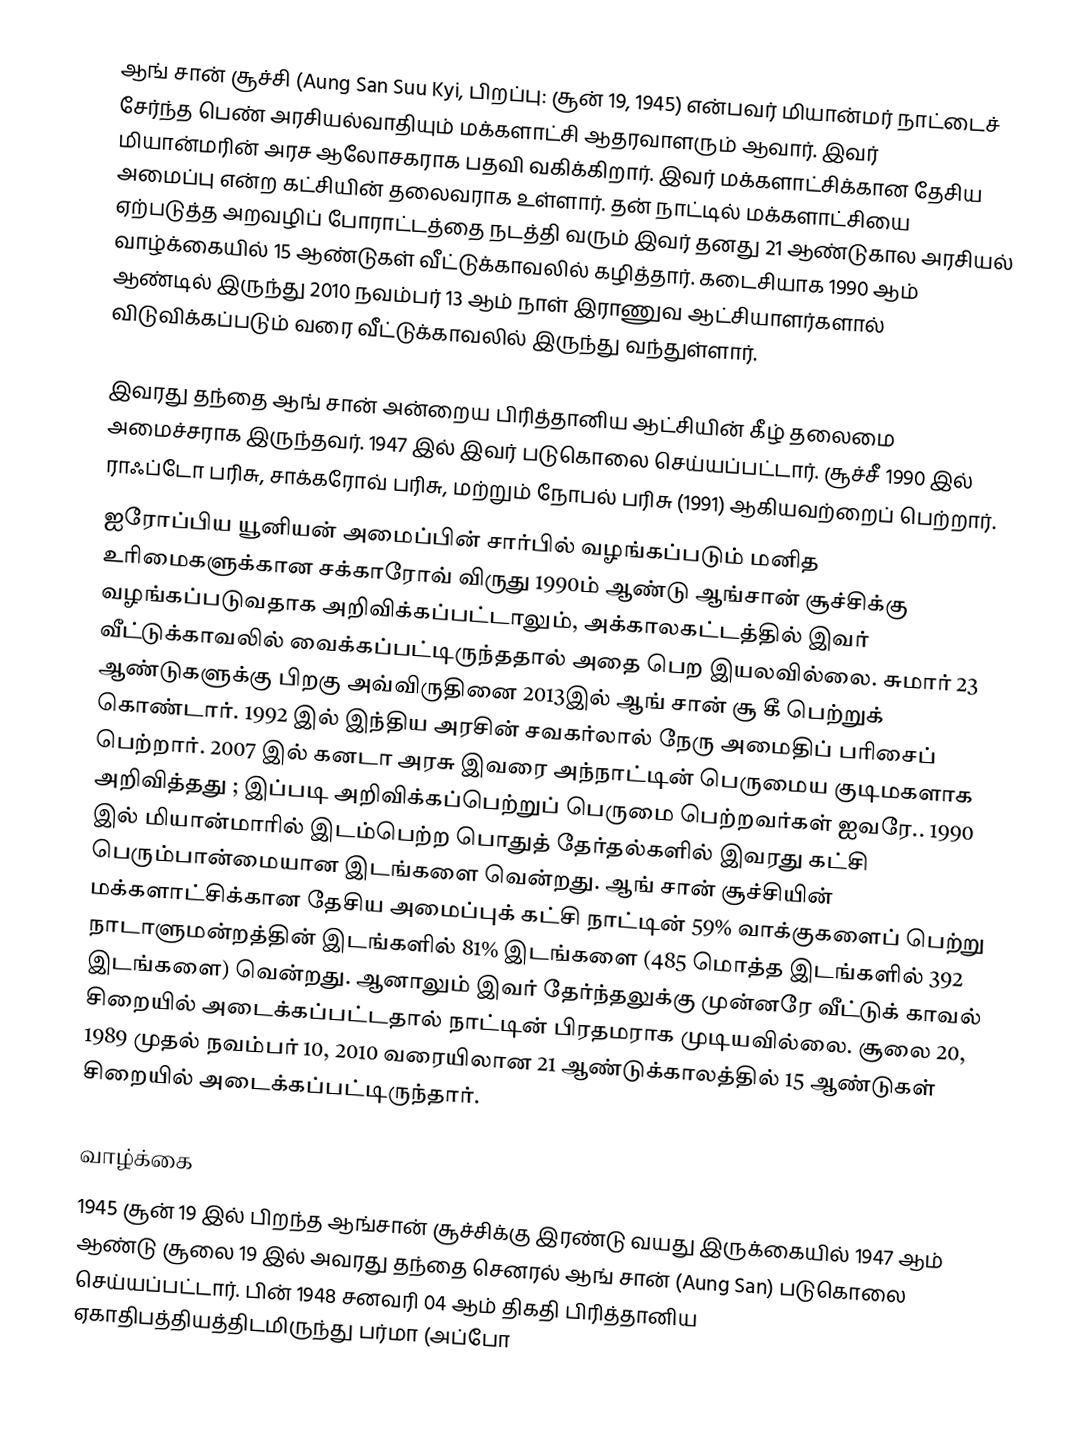
ஆங் சான் சூச்சி (Aung San Suu Kyi, பிறப்பு: சூன் 19, 1945) என்பவர் மியான்மர் நாட்டைச் சேர்ந்த பெண் அரசியல்வாதியும் மக்களாட்சி ஆதரவாளரும் ஆவார். இவர் மியான்மரின் அரச ஆலோசகராக பதவி வகிக்கிறார். இவர் மக்களாட்சிக்கான தேசிய அமைப்பு என்ற கட்சியின் தலைவராக உள்ளார். தன் நாட்டில் மக்களாட்சியை ஏற்படுத்த அறவழிப் போராட்டத்தை நடத்தி வரும் இவர் தனது 21 ஆண்டுகால அரசியல் வாழ்க்கையில் 15 ஆண்டுகள் வீட்டுக்காவலில் கழித்தார். கடைசியாக 1990 ஆம் ஆண்டில் இருந்து 2010 நவம்பர் 13 ஆம் நாள் இராணுவ ஆட்சியாளர்களால் விடுவிக்கப்படும் வரை வீட்டுக்காவலில் இருந்து வந்துள்ளார்.

இவரது தந்தை ஆங் சான் அன்றைய பிரித்தானிய ஆட்சியின் கீழ் தலைமை அமைச்சராக இருந்தவர். 1947 இல் இவர் படுகொலை செய்யப்பட்டார். சூச்சீ 1990 இல் ராஃப்டோ பரிசு, சாக்கரோவ் பரிசு, மற்றும் நோபல் பரிசு (1991) ஆகியவற்றைப் பெற்றார்.
ஐரோப்பிய யூனியன் அமைப்பின் சார்பில் வழங்கப்படும் மனித உரிமைகளுக்கான சக்காரோவ் விருது 1990ம் ஆண்டு ஆங்சான் சூச்சிக்கு வழங்கப்படுவதாக அறிவிக்கப்பட்டாலும்,  அக்காலகட்டத்தில் இவர் வீட்டுக்காவலில் வைக்கப்பட்டிருந்ததால் அதை பெற இயலவில்லை. சுமார் 23 ஆண்டுகளுக்கு பிறகு அவ்விருதினை 2013இல் ஆங் சான் சூ கீ பெற்றுக் கொண்டார். 1992 இல் இந்திய அரசின் சவகர்லால் நேரு அமைதிப் பரிசைப் பெற்றார். 2007 இல் கனடா அரசு இவரை அந்நாட்டின் பெருமைய குடிமகளாக அறிவித்தது ; இப்படி அறிவிக்கப்பெற்றுப் பெருமை பெற்றவர்கள் ஐவரே..  1990 இல் மியான்மாரில் இடம்பெற்ற பொதுத் தேர்தல்களில் இவரது கட்சி பெரும்பான்மையான இடங்களை வென்றது. ஆங் சான் சூச்சியின் மக்களாட்சிக்கான தேசிய அமைப்புக் கட்சி நாட்டின் 59% வாக்குகளைப் பெற்று நாடாளுமன்றத்தின் இடங்களில் 81% இடங்களை (485 மொத்த இடங்களில் 392 இடங்களை) வென்றது. ஆனாலும் இவர் தேர்ந்தலுக்கு முன்னரே வீட்டுக் காவல் சிறையில் அடைக்கப்பட்டதால் நாட்டின் பிரதமராக முடியவில்லை. சூலை 20, 1989 முதல் நவம்பர் 10, 2010 வரையிலான 21 ஆண்டுக்காலத்தில் 15 ஆண்டுகள் சிறையில் அடைக்கப்பட்டிருந்தார்.

வாழ்க்கை
1945 சூன் 19 இல் பிறந்த ஆங்சான் சூச்சிக்கு இரண்டு வயது இருக்கையில் 1947 ஆம் ஆண்டு சூலை 19 இல் அவரது தந்தை செனரல் ஆங் சான் (Aung San) படுகொலை செய்யப்பட்டார். பின் 1948 சனவரி 04 ஆம் திகதி பிரித்தானிய ஏகாதிபத்தியத்திடமிருந்து பர்மா (அப்போ